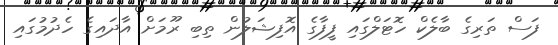
ފަސް ތަރިގެ ބާލެކް ހޮޓަލްގައި ފީފާގެ އޮފިޝަލުން ތިބި ރޫމަށް އާދައިގެ ހެދުމުގައި